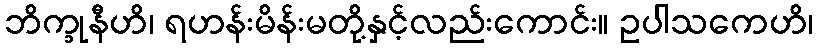
ဘိက္ခုနီဟိ၊ ရဟန်းမိန်းမတို့နှင့်လည်းကောင်း။ ဥပါသကေဟိ၊